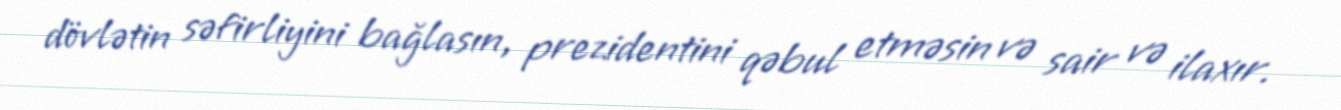
dövlətin səfirliyini bağlasın, prezidentini qəbul etməsin və sair və ilaxır.